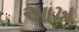
આખ